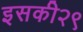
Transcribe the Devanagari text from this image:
इसकी२९